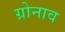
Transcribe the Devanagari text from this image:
ग्रोनाव